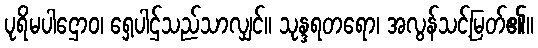
ပုရိမပါဌောဝ၊ ရှေ့ပါဌ်သည်သာလျှင်။ သုန္ဒရတရော၊ အလွန်သင့်မြတ်၏။